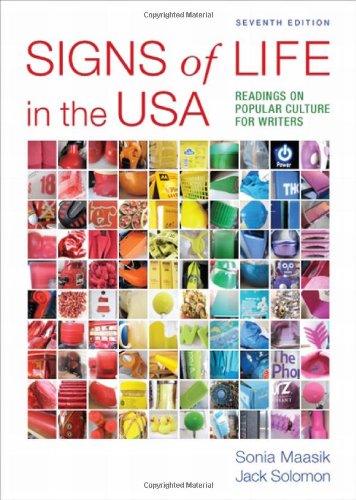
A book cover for Signs of Life in the USA: Readings on Popular Culture for Writers; Sonia Maasik; Humor & Entertainment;